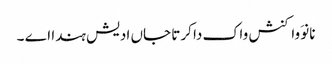
نانوَ واکنش واک دا کرتا جاں ادیش ہندا اے ۔